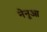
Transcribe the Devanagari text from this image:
नेनूआ